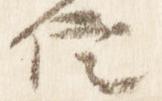
信